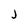
Character: J